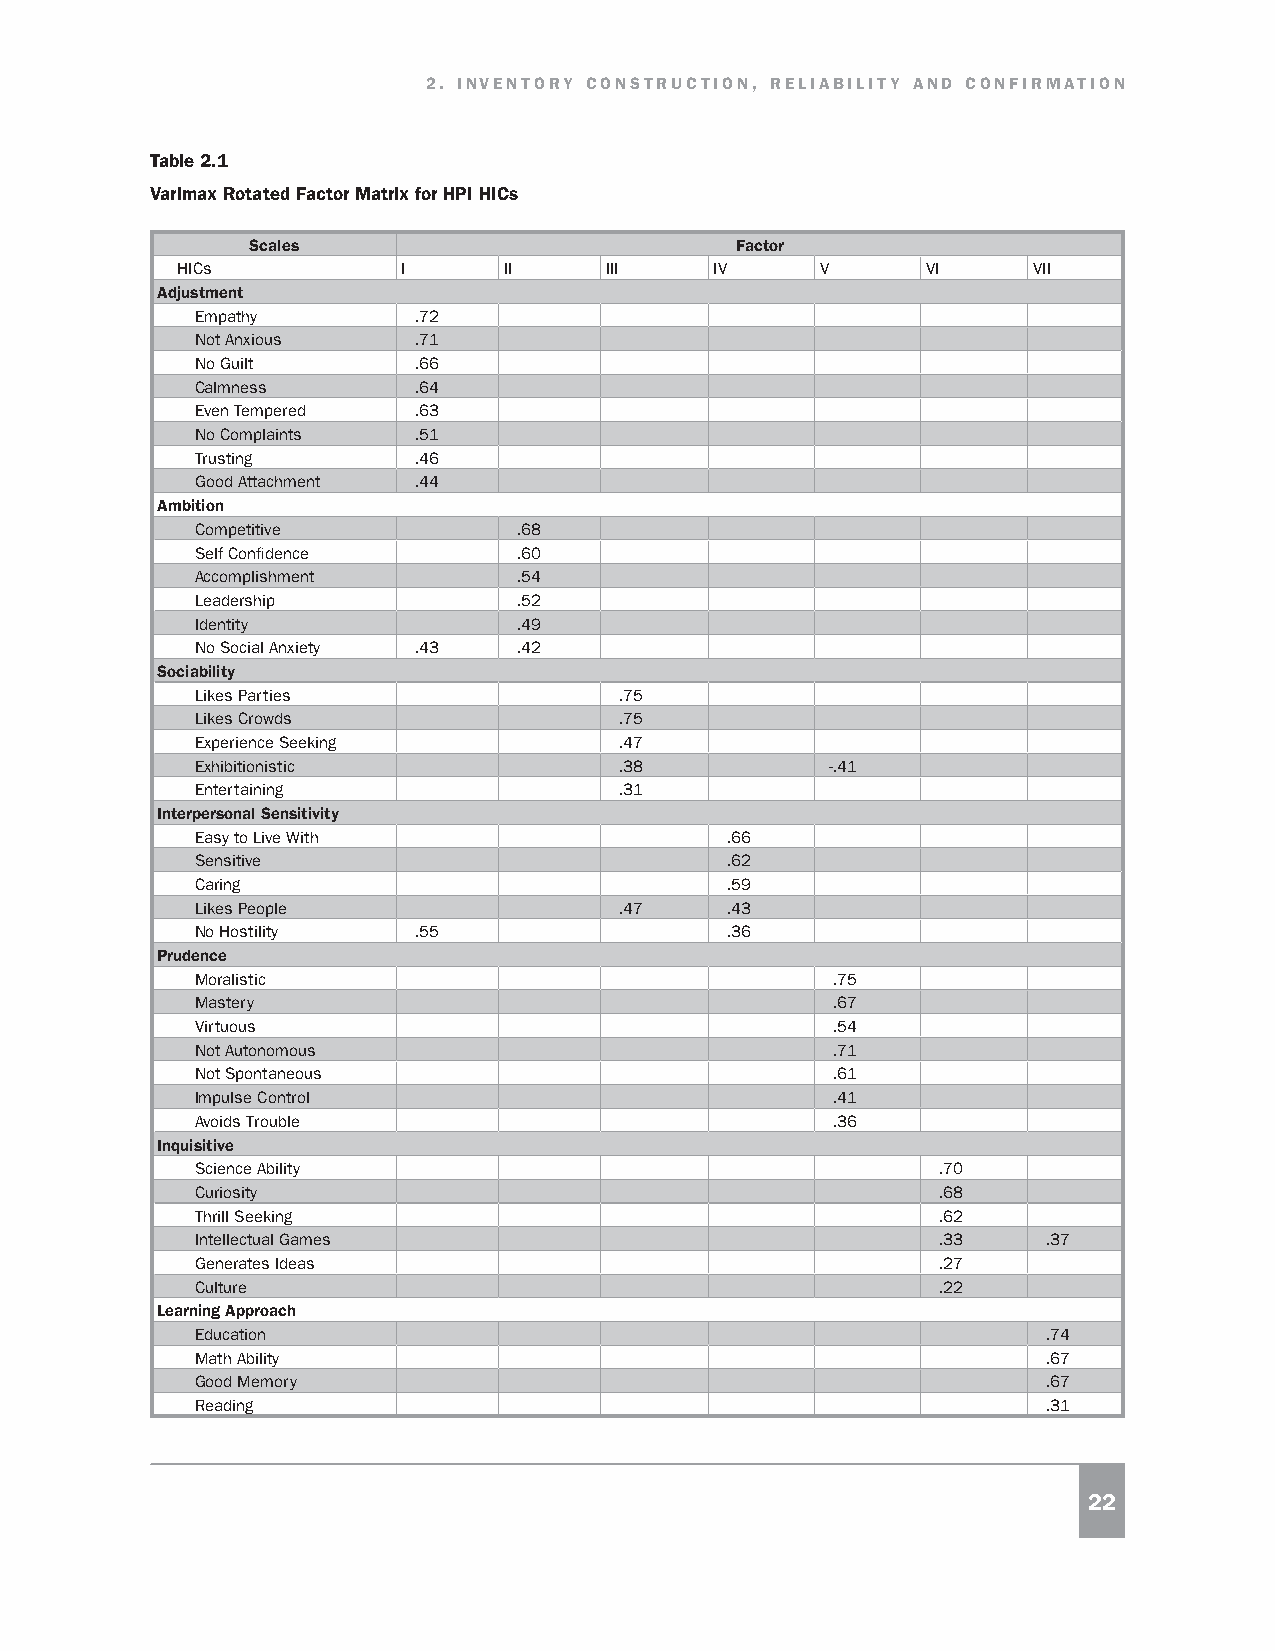
2. INVENTORY CONSTRUCTION, RELIABILITY AND CONFIRMATION
 Table 2.1
 Varimax Rotated Factor Matrix for HPI HICs
 Scales                          Factor
 HICs           I     II     III    IV     V      VI     VII
 Adjustment
 Empathy       .72
 Not Anxious   .71
 No Guilt      .66
 Calmness      .64
 Even Tempered .63
 No Complaints .51
 Trusting      .46
 Good Attachment .44
 Ambition
 Competitive          .68
 Self Confidence      .60
 Accomplishment       .54
 Leadership           .52
 Identity             .49
 No Social Anxiety .43 .42
 Sociability
 Likes Parties               .75
 Likes Crowds                .75
 Experience Seeking          .47
 Exhibitionistic             .38           -.41
 Entertaining                .31
 Interpersonal Sensitivity
 Easy to Live With                  .66
 Sensitive                          .62
 Caring                             .59
 Likes People                .47    .43
 No Hostility  .55                  .36
 Prudence
 Moralistic                                .75
 Mastery                                   .67
 Virtuous                                  .54
 Not Autonomous                            .71
 Not Spontaneous                           .61
 Impulse Control                           .41
 Avoids Trouble                            .36
 Inquisitive
 Science Ability                                  .70
 Curiosity                                        .68
 Thrill Seeking                                   .62
 Intellectual Games                               .33    .37
 Generates Ideas                                  .27
 Culture                                          .22
 Learning Approach
 Education                                               .74
 Math Ability                                            .67
 Good Memory                                             .67
 Reading                                                 .31
 22